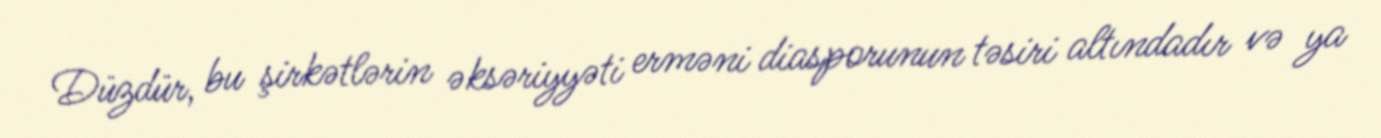
Düzdür, bu şirkətlərin əksəriyyəti erməni diasporunun təsiri altındadır və ya